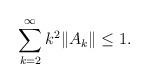
LaTeX: \begin{align*}\sum_{k=2}^\infty k^2\|A_k\|\leq 1.\end{align*}